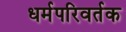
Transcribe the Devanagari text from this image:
धर्मपरिवर्तक